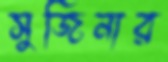
সুজিনার